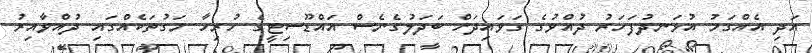
އަދި އެއްގަމު އުޅަނދުފަހަރު ދުއްވުގެ ގަވައިދަށް ބަދަލުގެނެސް އައްޑޫސިޓީގެ ހުރިހާ މަގުތަކެއްގައި ދުއްވާއިރު